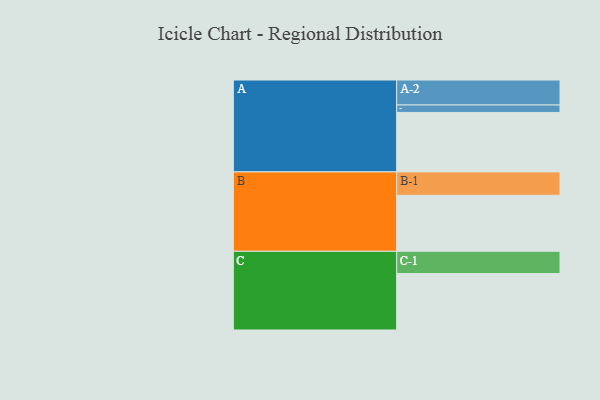
{"axis": {"x": "Segment", "y": "Value"}, "legend": ["", "A", "B", "C"], "data": [{"x": "A", "y": 590, "type": ""}, {"x": "B", "y": 556, "type": ""}, {"x": "C", "y": 560, "type": ""}, {"x": "A-1", "y": 74, "type": "A"}, {"x": "A-2", "y": 248, "type": "A"}, {"x": "B-1", "y": 232, "type": "B"}, {"x": "C-1", "y": 221, "type": "C"}]}